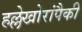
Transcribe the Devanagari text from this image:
हल्लेखोरांपैकी